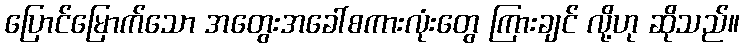
ပြောင်မြောက်သော အတွေးအခေါ်စကားလုံးတွေ ကြားချင် လို့ဟု ဆိုသည်။